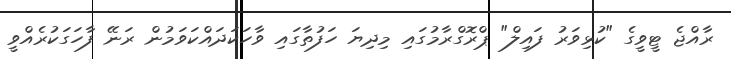
ރާއްޖެ ޓީވީގެ "ކުޅިވަރު ފައިލް" ޕްރޮގްރާމުގައި މިދިޔަ ހަފުތާގައި ވާހަކަދައްކަވަމުން ރަނޭ ފާހަގަކުރެއްވީ